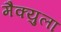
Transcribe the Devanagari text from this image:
मैक्युला